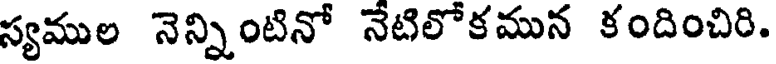
స్యముల నెన్నింటినో నేటిలోకమున కందించిరి.